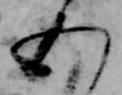
五